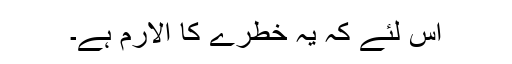
اس لئے کہ یہ خطرے کا الارم ہے۔